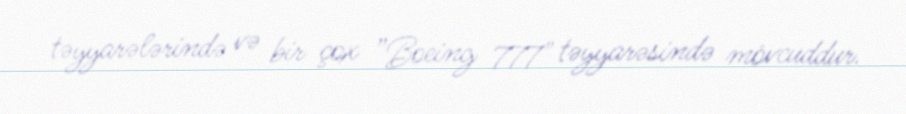
təyyarələrində və bir çox ”Boeing 777" təyyarəsində mövcuddur.